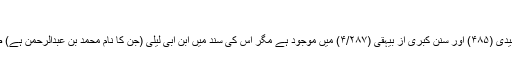
“
یہ روایت مسندحمیدی (۴۸۵) اور سنن کبریٰ از بیہقی (۴/۲۸۷) میں موجود ہے مگر اس کی سند میں ابن ابی لیلی (جن کا نام محمد بن عبدالرحمن ہے) ضعیف راوی ہے۔